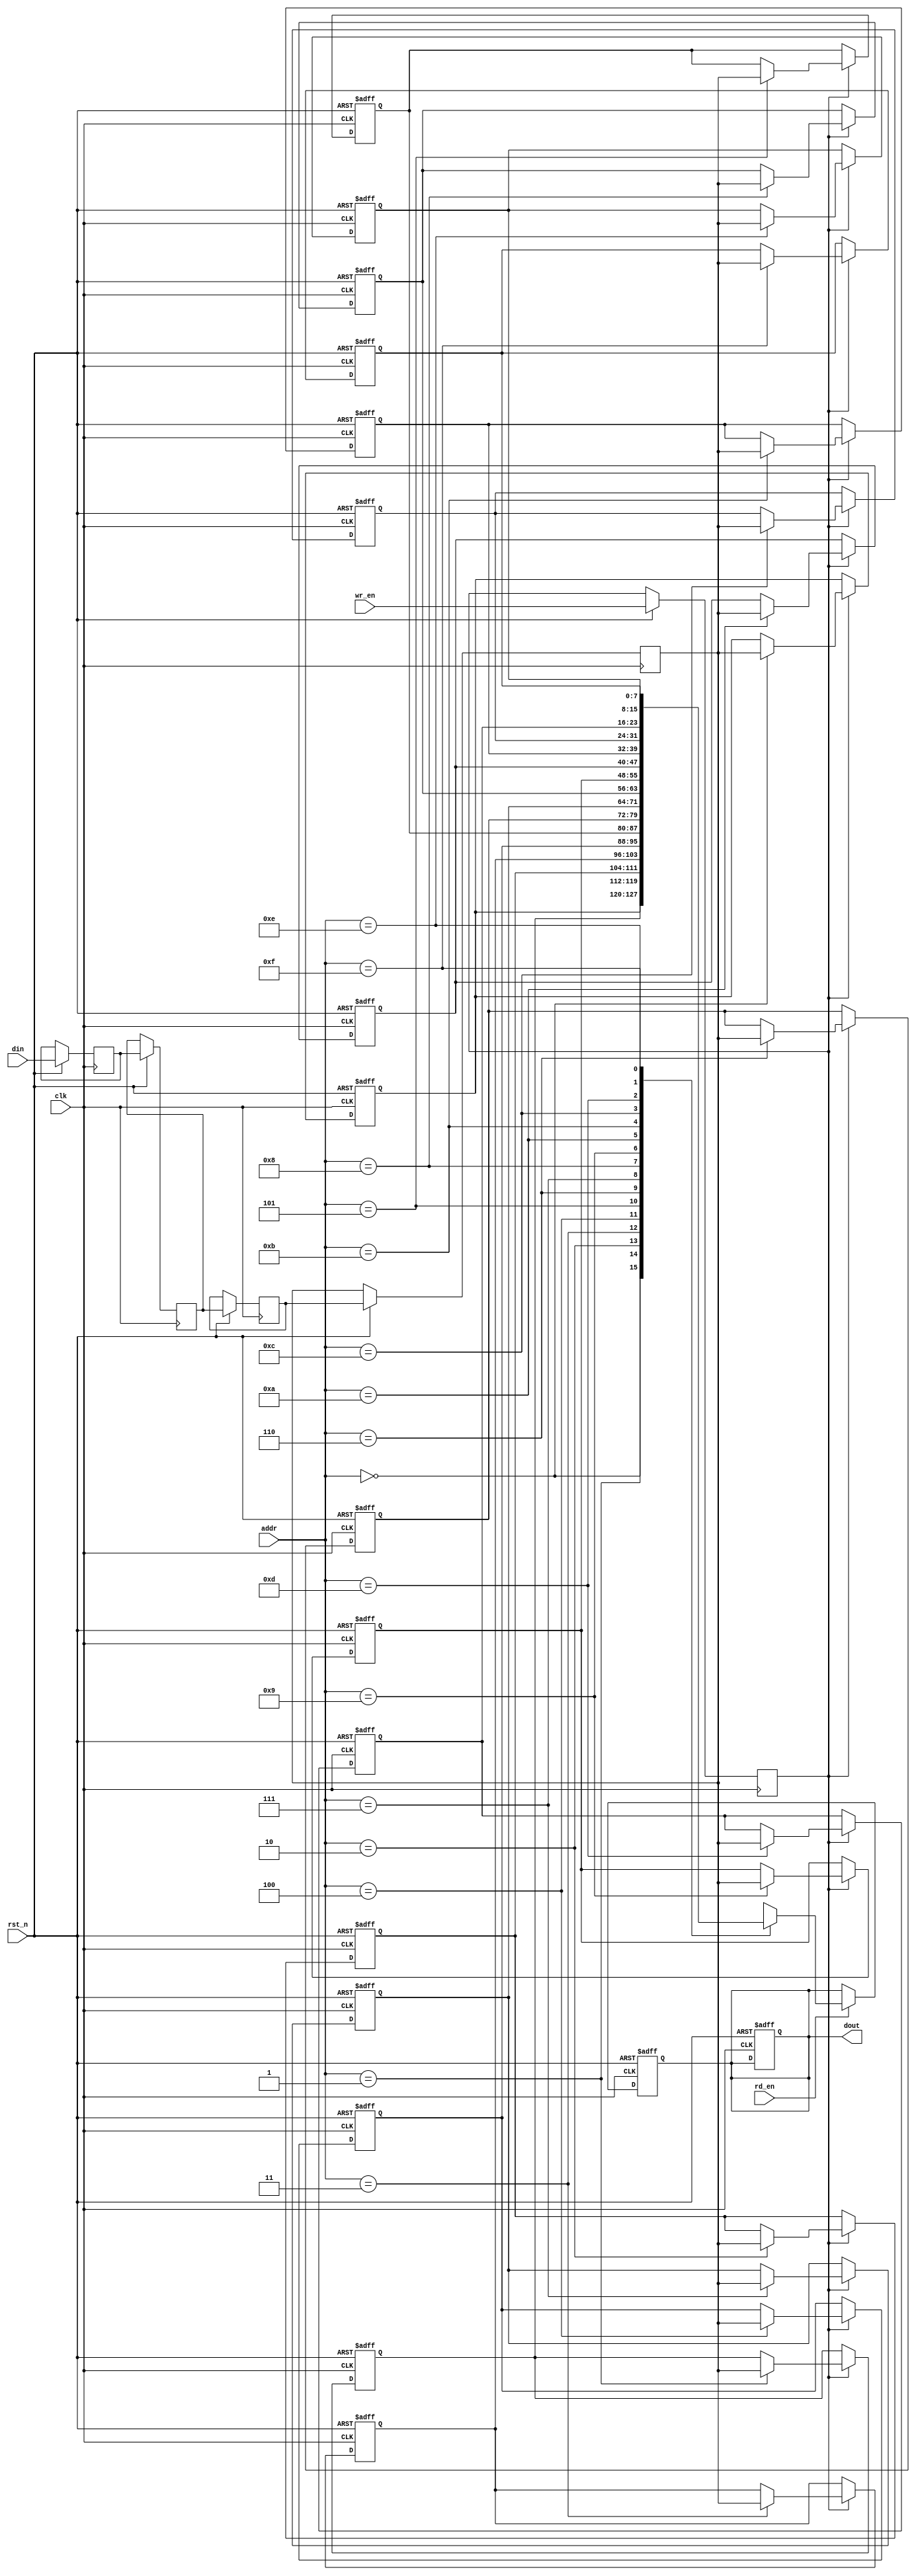
module memory_block #(
    parameter DATA_WIDTH = 8,
    parameter ADDR_WIDTH = 4,
    parameter DELAY_CYCLES = 3 // Number of cycles for safe delay line
)(
    input wire clk,                  // Clock for memory block
    input wire rst_n,                // Active low reset
    input wire [DATA_WIDTH-1:0] din, // Data input
    input wire wr_en,                // Write enable
    input wire rd_en,                // Read enable
    input wire [ADDR_WIDTH-1:0] addr, // Address input
    output reg [DATA_WIDTH-1:0] dout // Data output
);

    // Memory array
    reg [DATA_WIDTH-1:0] mem [(2**ADDR_WIDTH)-1:0];

    // Safe Delay Line
    reg [DATA_WIDTH-1:0] delay_line [0:DELAY_CYCLES-1];
    integer i;

    // Synchronization Logic
    reg [DATA_WIDTH-1:0] sync_din;
    reg sync_wr_en;

    // Write Operation
    always @(posedge clk or negedge rst_n) begin
        if (!rst_n) begin
            // Reset memory
            for (i = 0; i < (2**ADDR_WIDTH); i = i + 1) begin
                mem[i] <= 0;
            end
            dout <= 0;
        end else begin
            // Update delay line
            delay_line[0] <= din; // First stage of delay line
            for (i = 1; i < DELAY_CYCLES; i = i + 1) begin
                delay_line[i] <= delay_line[i-1]; // Shift the delay line
            end

            // Synchronize input data and write enable
            sync_din <= delay_line[DELAY_CYCLES-1]; // Last stage of delay line
            sync_wr_en <= wr_en;

            // Write to memory if write enable is high
            if (sync_wr_en) begin
                mem[addr] <= sync_din;
            end
        end
    end

    // Read Operation
    always @(posedge clk or negedge rst_n) begin
        if (!rst_n) begin
            dout <= 0;
        end else begin
            // Read from memory if read enable is high
            if (rd_en) begin
                dout <= mem[addr];
            end
        end
    end

endmodule